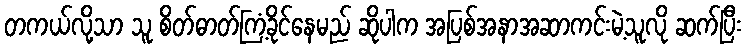
တကယ်လို့သာ သူ စိတ်ဓာတ်ကြံ့ခိုင်နေမည် ဆိုပါက အပြစ်အနာအဆာကင်းမဲ့သူလို ဆက်ပြီး